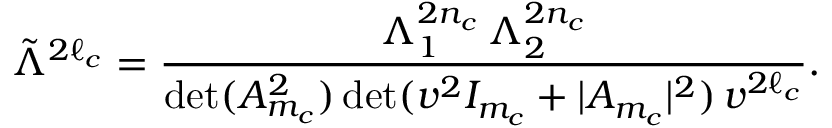
\tilde { \Lambda } ^ { 2 \ell _ { c } } = { \frac { \Lambda _ { 1 } ^ { 2 n _ { c } } \, \Lambda _ { 2 } ^ { 2 n _ { c } } } { \operatorname * { d e t } ( A _ { m _ { c } } ^ { 2 } ) \operatorname * { d e t } ( v ^ { 2 } I _ { m _ { c } } + | A _ { m _ { c } } | ^ { 2 } ) \, v ^ { 2 \ell _ { c } } } } .